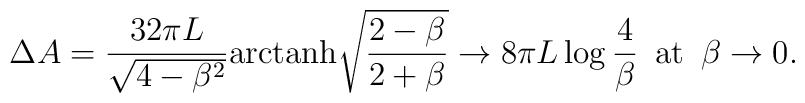
\Delta A = \frac{32 \pi L}{\sqrt{4-\beta^2}}{\rm arctanh} \sqrt{\frac{2-\beta}{2+\beta}}\to 8\pi L\log\frac{4}{\beta}\,\,\,\mbox{at}\,\,\,\beta\to 0.